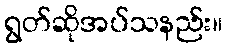
ရွတ်ဆိုအပ်သနည်း။